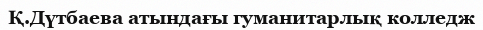
Қ.Дүтбаева атындағы гуманитарлық колледж